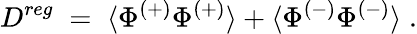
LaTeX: D^{reg}\; =\; \langle\Phi^{(+)}\Phi^{(+)}\rangle+\langle\Phi^{(-)}\Phi^{(-)}\rangle\; .